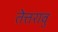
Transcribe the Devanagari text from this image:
तेत्तरावु